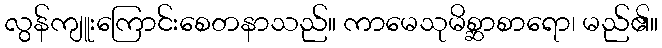
လွန်ကျူးကြောင်းစေတနာသည်။ ကာမေသုမိစ္ဆာစာရော၊ မည်၏။